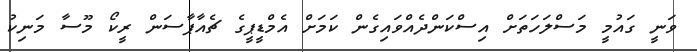
ވަނީ ގައުމީ މަސްލަހަތަށް އިސްކަންދެއްވައިގެން ކަމަށް އެމްޑީޕީގެ ޗެއާޕާސަން ރީކޯ މޫސާ މަނިކު